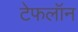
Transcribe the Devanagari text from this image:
टेफलॉन